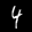
Label: 4